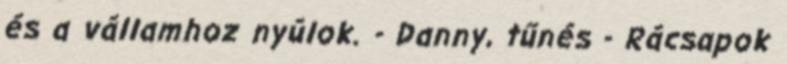
és a vállamhoz nyúlok. - Danny, tűnés - Rácsapok